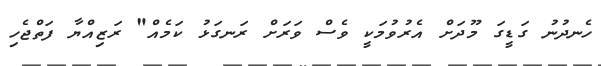
ހެނދުނު ގަޑީގަ މޫދަށް އެރުވުމަކީ ވެސް ވަރަށް ރަނގަޅު ކަމެއް" ރަޒިއްޔާ ފަތްޖެހި